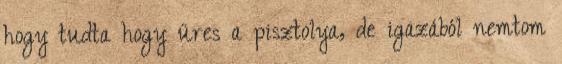
hogy tudta hogy üres a pisztolya, de igazából nemtom